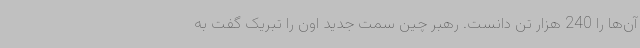
آن‌ها را 240 هزار تن دانست. رهبر چین سمت جدید اون را تبریک گفت به